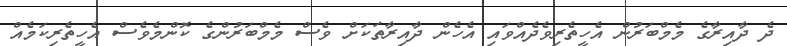
ދެ ދާއިރާގެ މެމްބަރުން އެހީތެރިވެދެއްވައި އެހެން ދާއިރާތަކަށް ވެސް މެމްބަރުންގެ ކޮންމެވެސް އެހީތެރިކަމެއް